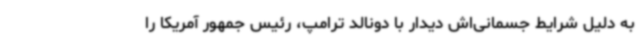
به دلیل شرایط جسمانی‌اش دیدار با دونالد ترامپ، رئیس جمهور آمریکا را